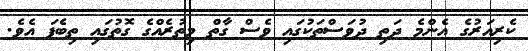
ކެރިއަރުގެ އެންމެ ދަތި ދުވަސްތަކުގައި ވެސް ގާތް މިތުރެއްގެ ގޮތުގައި ތިބެފަ އެވެ.